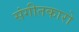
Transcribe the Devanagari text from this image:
संगीतकारो